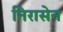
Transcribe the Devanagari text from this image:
निरासेन